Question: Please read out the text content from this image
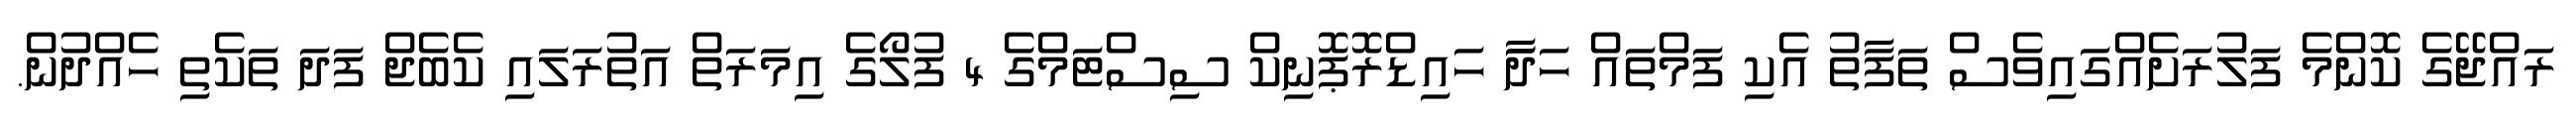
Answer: ރައްޖޭގެ ކޮންމެ ފަލުރަށެއްގައިވެސް ތަފާތު އެކި ފަމްތައް ހަދަާ ހައިޑްރޮޕޮނިކް ސިސްޓަމްގެ 4 ފުލޯގެ އިމަރަތް އަތުރަލައި ކެބެޖް ފަދަ ތަކެތި ހެއްދުން.